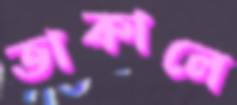
তাকালে